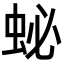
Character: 䖩